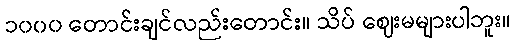
၁၀၀၀ တောင်းချင်လည်းတောင်း။ သိပ် ဈေးမများပါဘူး။